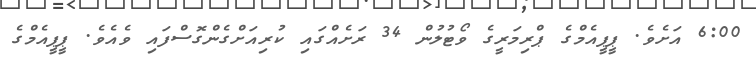
6:00 އަށެވެ. ޕީޕީއެމްގެ ޕްރިމަރީގެ ވޯޓުލުން 34 ރަށެއްގައި ކުރިއަށްގެންގޮސްފައި ވެއެވެ. ޕީޕީއެމްގެ